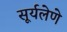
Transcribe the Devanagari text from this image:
सूर्यलेणे